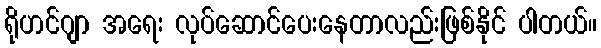
ရိုဟင်ဂျာ အရေး လုပ်ဆောင်ပေးနေတာလည်းဖြစ်နိုင် ပါတယ်။